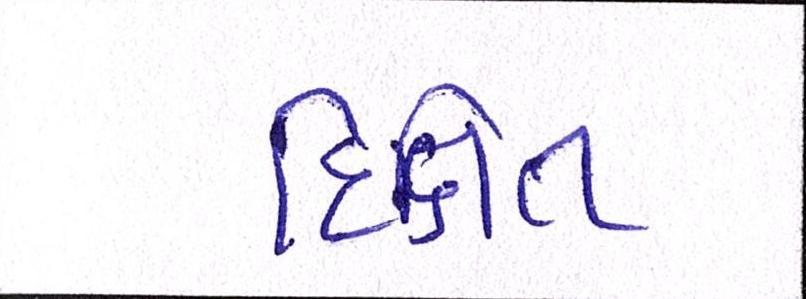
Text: દિક્ષિત